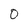
Character: o